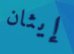
إيثان